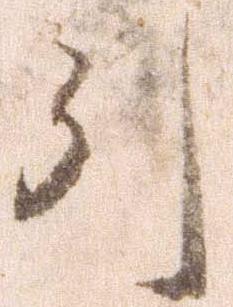
引